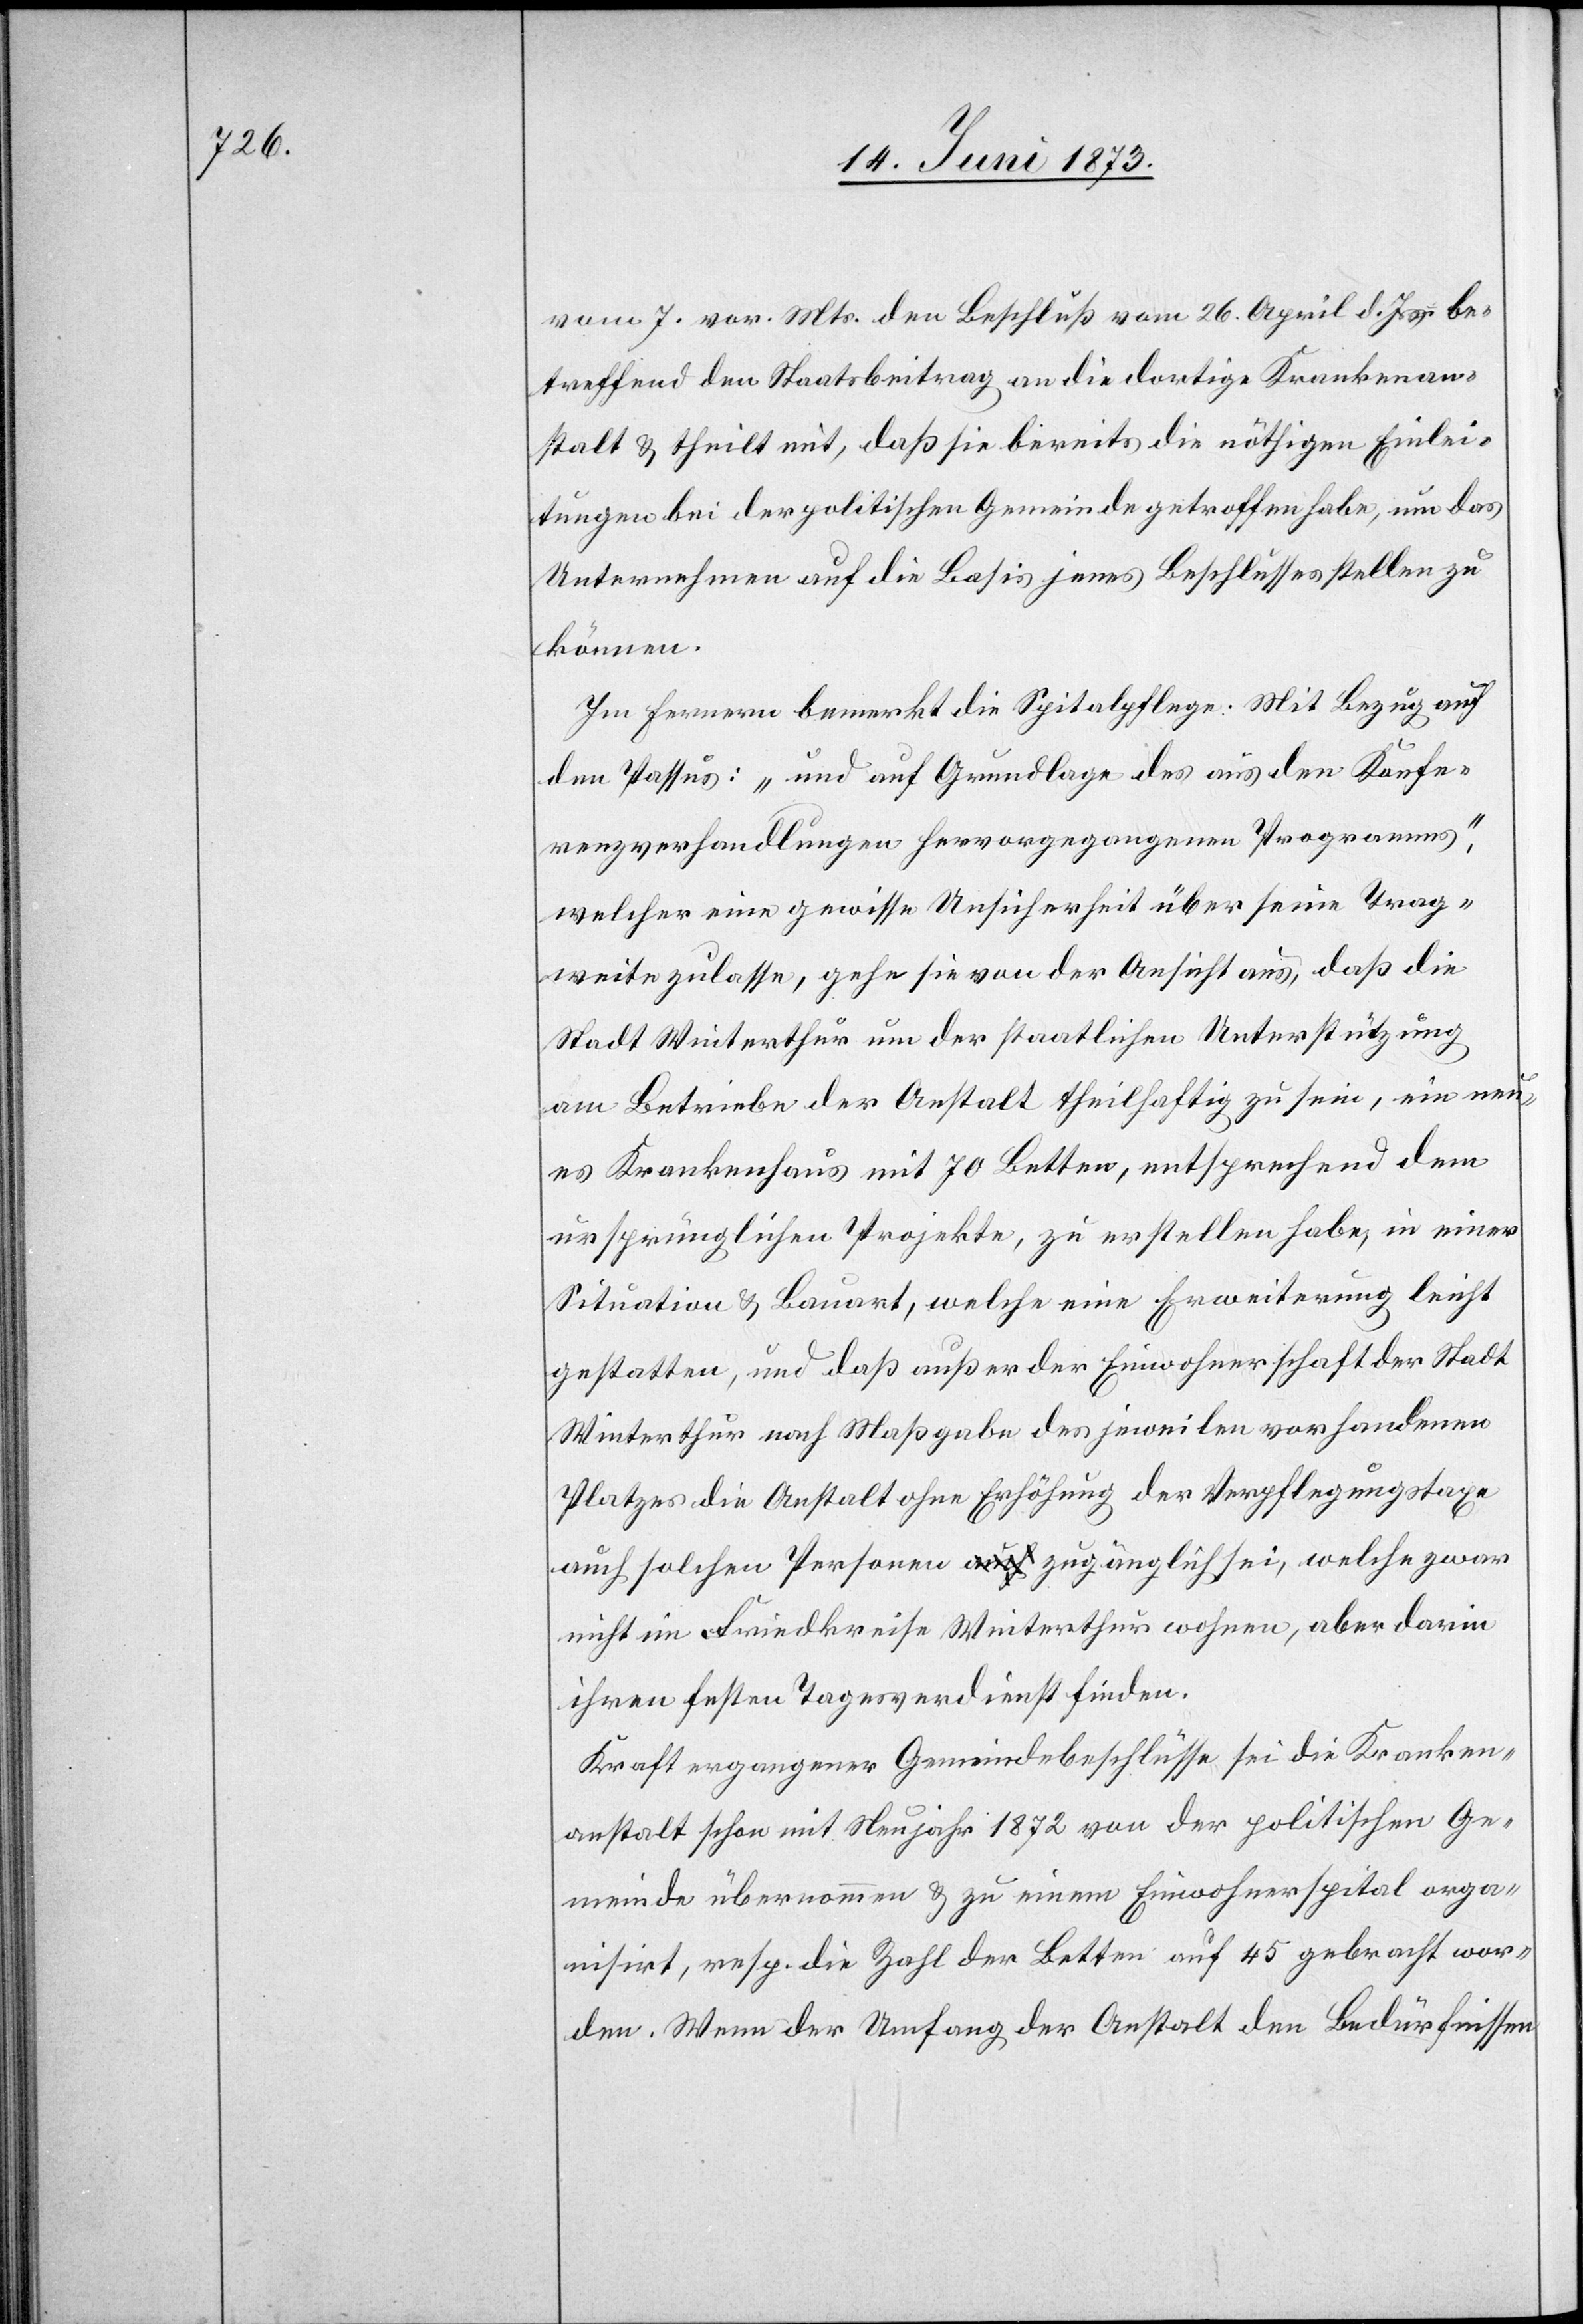
vom 7. vor. Mts. den Beschluß vom 26. April d. Js. be¬
treffend den Staatsbeitrag an die dortige Krankenan¬
stalt & theilt mit, daß sie bereits die nöthigen Einlei¬
tungen bei der politischen Gemeinde getroffen habe, um das
Unternehmen auf die Basis jenes Beschlusses stellen zu
können.
Im Fernern bemerkt die Spitalpflege: Mit Bezug auf
den Passus: „und auf Grundlage des aus den Konfe¬
renzverhandlungen hervorgegangenen Programms“,
welcher eine gewisse Unsicherheit über seine Trag¬
weite zulasse, gehe sie von der Ansicht aus, daß die
Stadt Winterthur um der staatlichen Unterstützung
am Betriebe der Anstalt theilhaftig zu sein, ein neu¬
es Krankenhaus mit 70 Betten, entsprechend dem
ursprünglichen Projekte, zu erstellen habe, in einer
Situation & Bauart, welche eine Erweiterung leicht
gestatten, und daß außer der Einwohnerschaft der Stadt
Winterthur nach Maßgabe des jeweilen vorhandenen
Platzes die Anstalt ohne Erhöhung der Verpflegungstaxe
auch solchen Personen zugänglich sei, welche zwar
nicht im Friedkreise Winterthur wohnen, aber darin
ihren festen Tagesverdienst finden.
Kraft ergangener Gemeindebeschlüsse sei die Kranken¬
anstalt schon mit Neujahr 1872 von der politischen Ge¬
meinde übernommen & zu einem Einwohnerspital orga¬
nisirt, resp. die Zahl der Betten auf 45 gebracht wor¬
den. Wenn der Umfang der Anstalt den Bedürfnissen